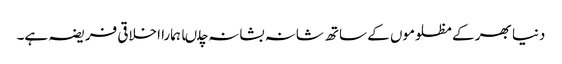
دنیا بھر کے مظلوموں کے ساتھ شانہ بشانہ چلںا ہمارا اخلاقی فریضہ ہے۔